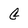
Character: G